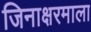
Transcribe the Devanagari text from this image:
जिनाक्षरमाला